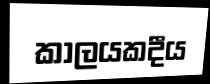
කාලයකදීය